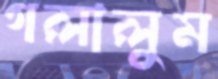
গলালুম